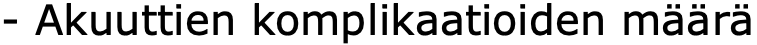
- Akuuttien komplikaatioiden määrä